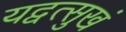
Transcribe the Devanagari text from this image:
यद्वत्सुखं